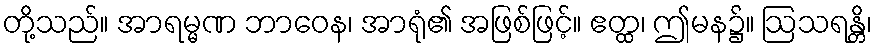
တို့သည်။ အာရမ္မဏ ဘာဝေန၊ အာရုံ၏ အဖြစ်ဖြင့်။ ဧတ္ထ၊ ဤမန၌။ ဩသရန္တိ၊